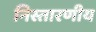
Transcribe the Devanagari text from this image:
निस्तारणीय